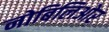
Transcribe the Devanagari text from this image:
नोबिलिओर